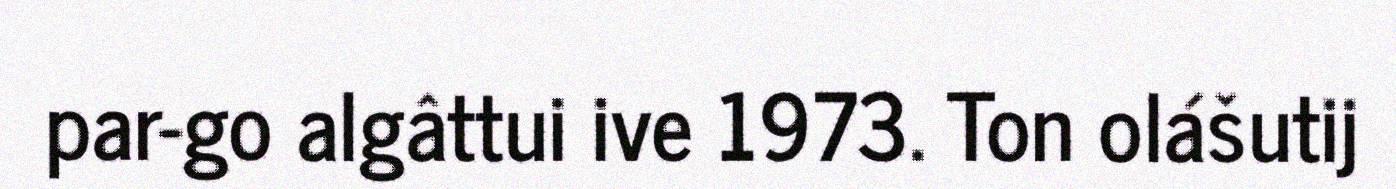
par-go algâttui ive 1973. Ton olášutij